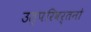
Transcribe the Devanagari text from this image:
उत्परिवर्तनो